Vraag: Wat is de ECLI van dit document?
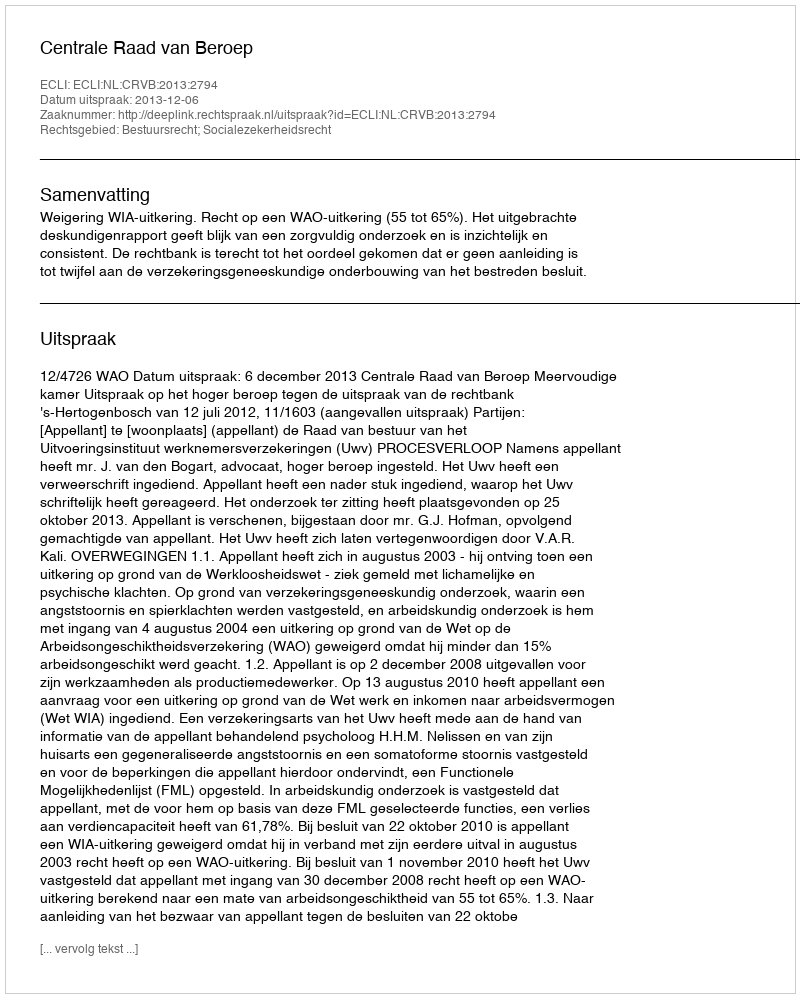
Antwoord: ECLI:NL:CRVB:2013:2794